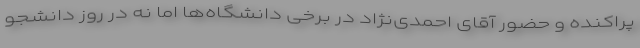
پراکنده و حضور آقای احمدی‌نژاد در برخی دانشگاه‌ها اما نه در روز دانشجو